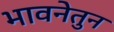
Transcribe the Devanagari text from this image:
भावनेतुन